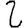
Digit: 2